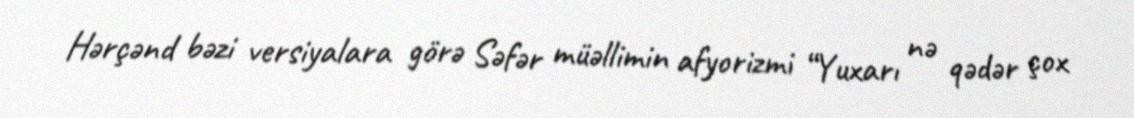
Hərçənd bəzi versiyalara görə Səfər müəllimin afyorizmi “Yuxarı nə qədər çox